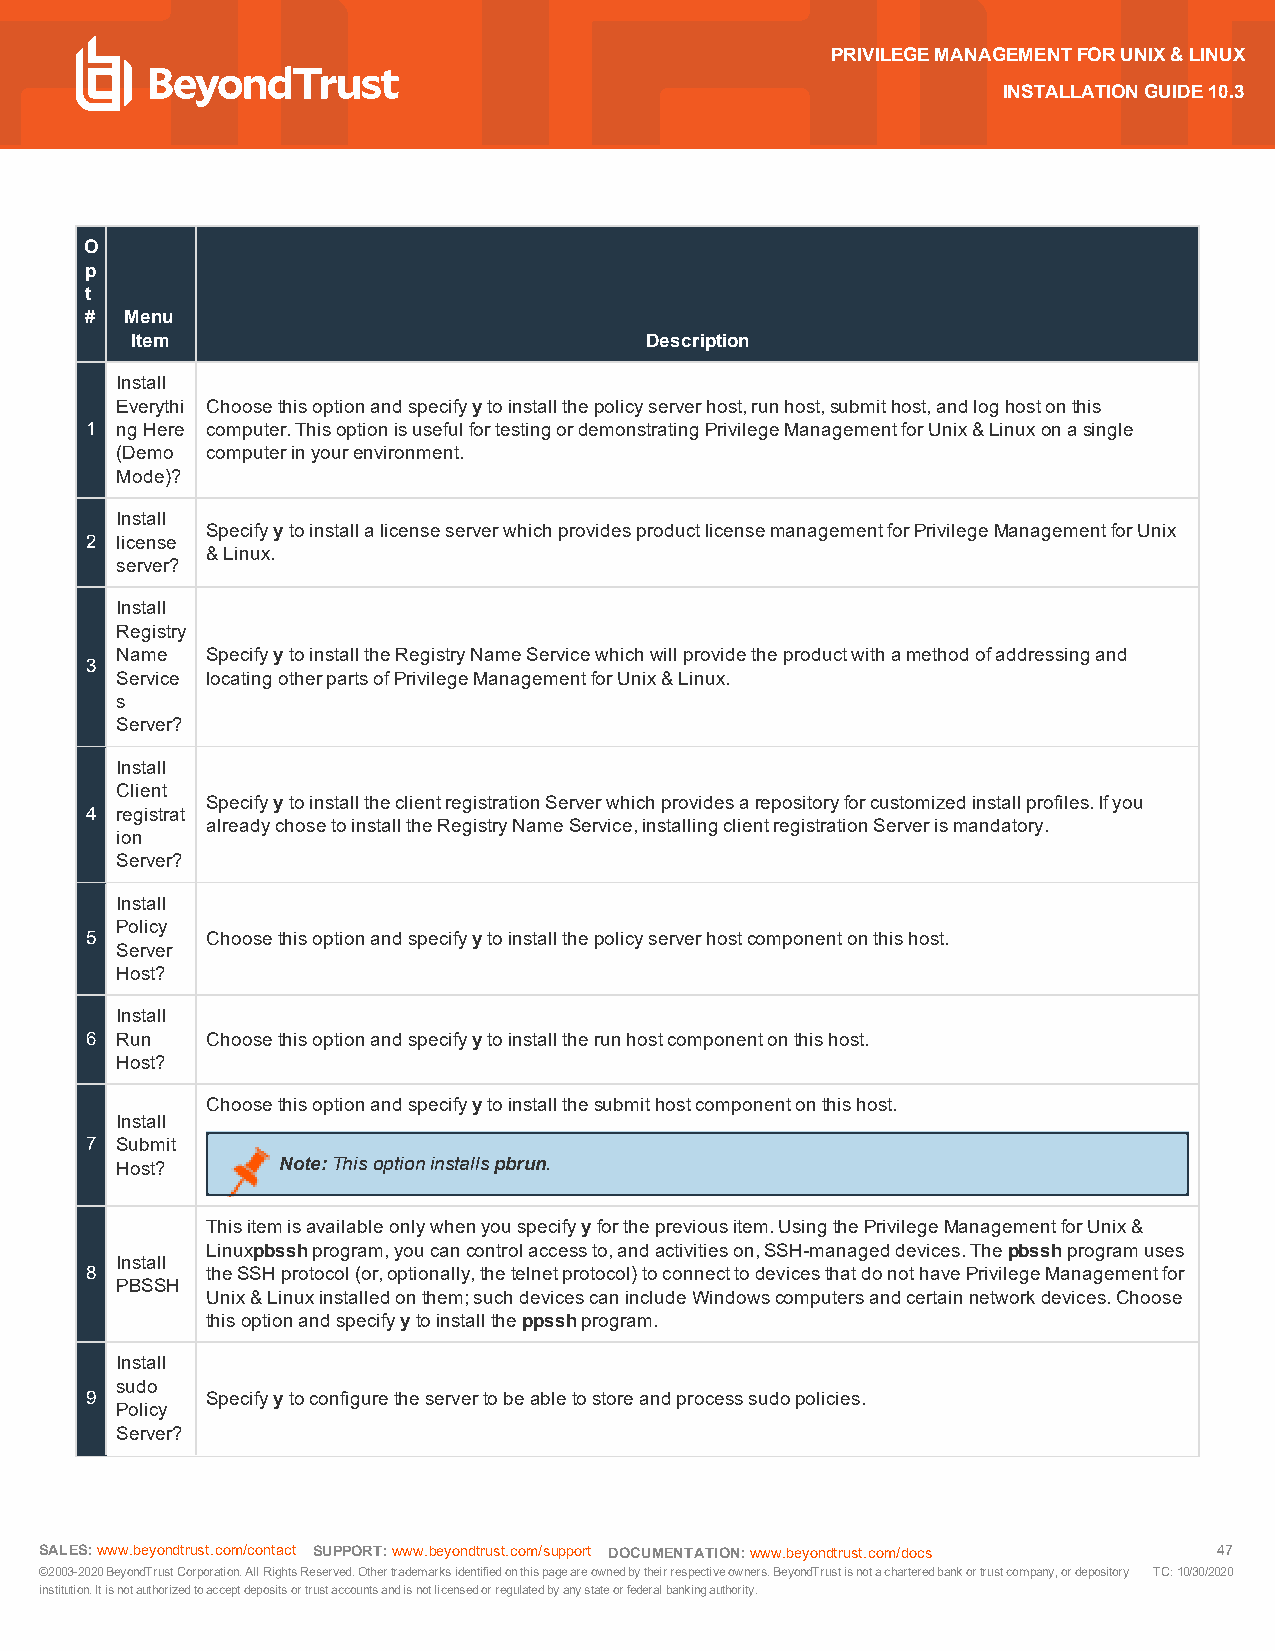
PRIVILEGEMANAGEMENTFORUNIX&LINUX
 INSTALLATIONGUIDE10.3
 O
 p
 t
 # Menu
 Item                              Description
 Install
 Everythi Choosethisoptionandspecifyytoinstallthepolicyserverhost,runhost,submithost,andloghostonthis
 1 ngHere computer.ThisoptionisusefulfortestingordemonstratingPrivilegeManagementforUnix&Linuxonasingle
 (Demo computerinyourenvironment.
 Mode)?
 Install
 SpecifyytoinstallalicenseserverwhichprovidesproductlicensemanagementforPrivilegeManagementforUnix
 2 license
 &Linux.
 server?
 Install
 Registry
 Name  SpecifyytoinstalltheRegistryNameServicewhichwillprovidetheproductwithamethodofaddressingand
 3
 Service locatingotherpartsofPrivilegeManagementforUnix&Linux.
 s
 Server?
 Install
 Client
 SpecifyytoinstalltheclientregistrationServerwhichprovidesarepositoryforcustomizedinstallprofiles.Ifyou
 4 registrat
 alreadychosetoinstalltheRegistryNameService,installingclientregistrationServerismandatory.
 ion
 Server?
 Install
 Policy
 5       Choosethisoptionandspecifyytoinstallthepolicyserverhostcomponentonthishost.
 Server
 Host?
 Install
 6 Run   Choosethisoptionandspecifyytoinstalltherunhostcomponentonthishost.
 Host?
 Choosethisoptionandspecifyytoinstallthesubmithostcomponentonthishost.
 Install
 7 Submit
 Host?     Note:Thisoptioninstallspbrun.
 Thisitemisavailableonlywhenyouspecifyyforthepreviousitem.UsingthePrivilegeManagementforUnix&
 Linuxpbsshprogram,youcancontrolaccessto,andactivitieson,SSH-manageddevices.Thepbsshprogramuses
 Install
 8       theSSHprotocol(or,optionally,thetelnetprotocol)toconnecttodevicesthatdonothavePrivilegeManagementfor
 PBSSH
 Unix&Linuxinstalledonthem;suchdevicescanincludeWindowscomputersandcertainnetworkdevices.Choose
 thisoptionandspecifyytoinstalltheppsshprogram.
 Install
 sudo
 9       Specifyytoconfiguretheservertobeabletostoreandprocesssudopolicies.
 Policy
 Server?
 SALES:www.beyondtrust.com/contact SUPPORT:www.beyondtrust.com/support DOCUMENTATION:www.beyondtrust.com/docs 47
 ©2003-2020BeyondTrustCorporation.AllRightsReserved.Othertrademarksidentifiedonthispageareownedbytheirrespectiveowners.BeyondTrustisnotacharteredbankortrustcompany,ordepository TC:10/30/2020
 institution.Itisnotauthorizedtoacceptdepositsortrustaccountsandisnotlicensedorregulatedbyanystateorfederalbankingauthority.